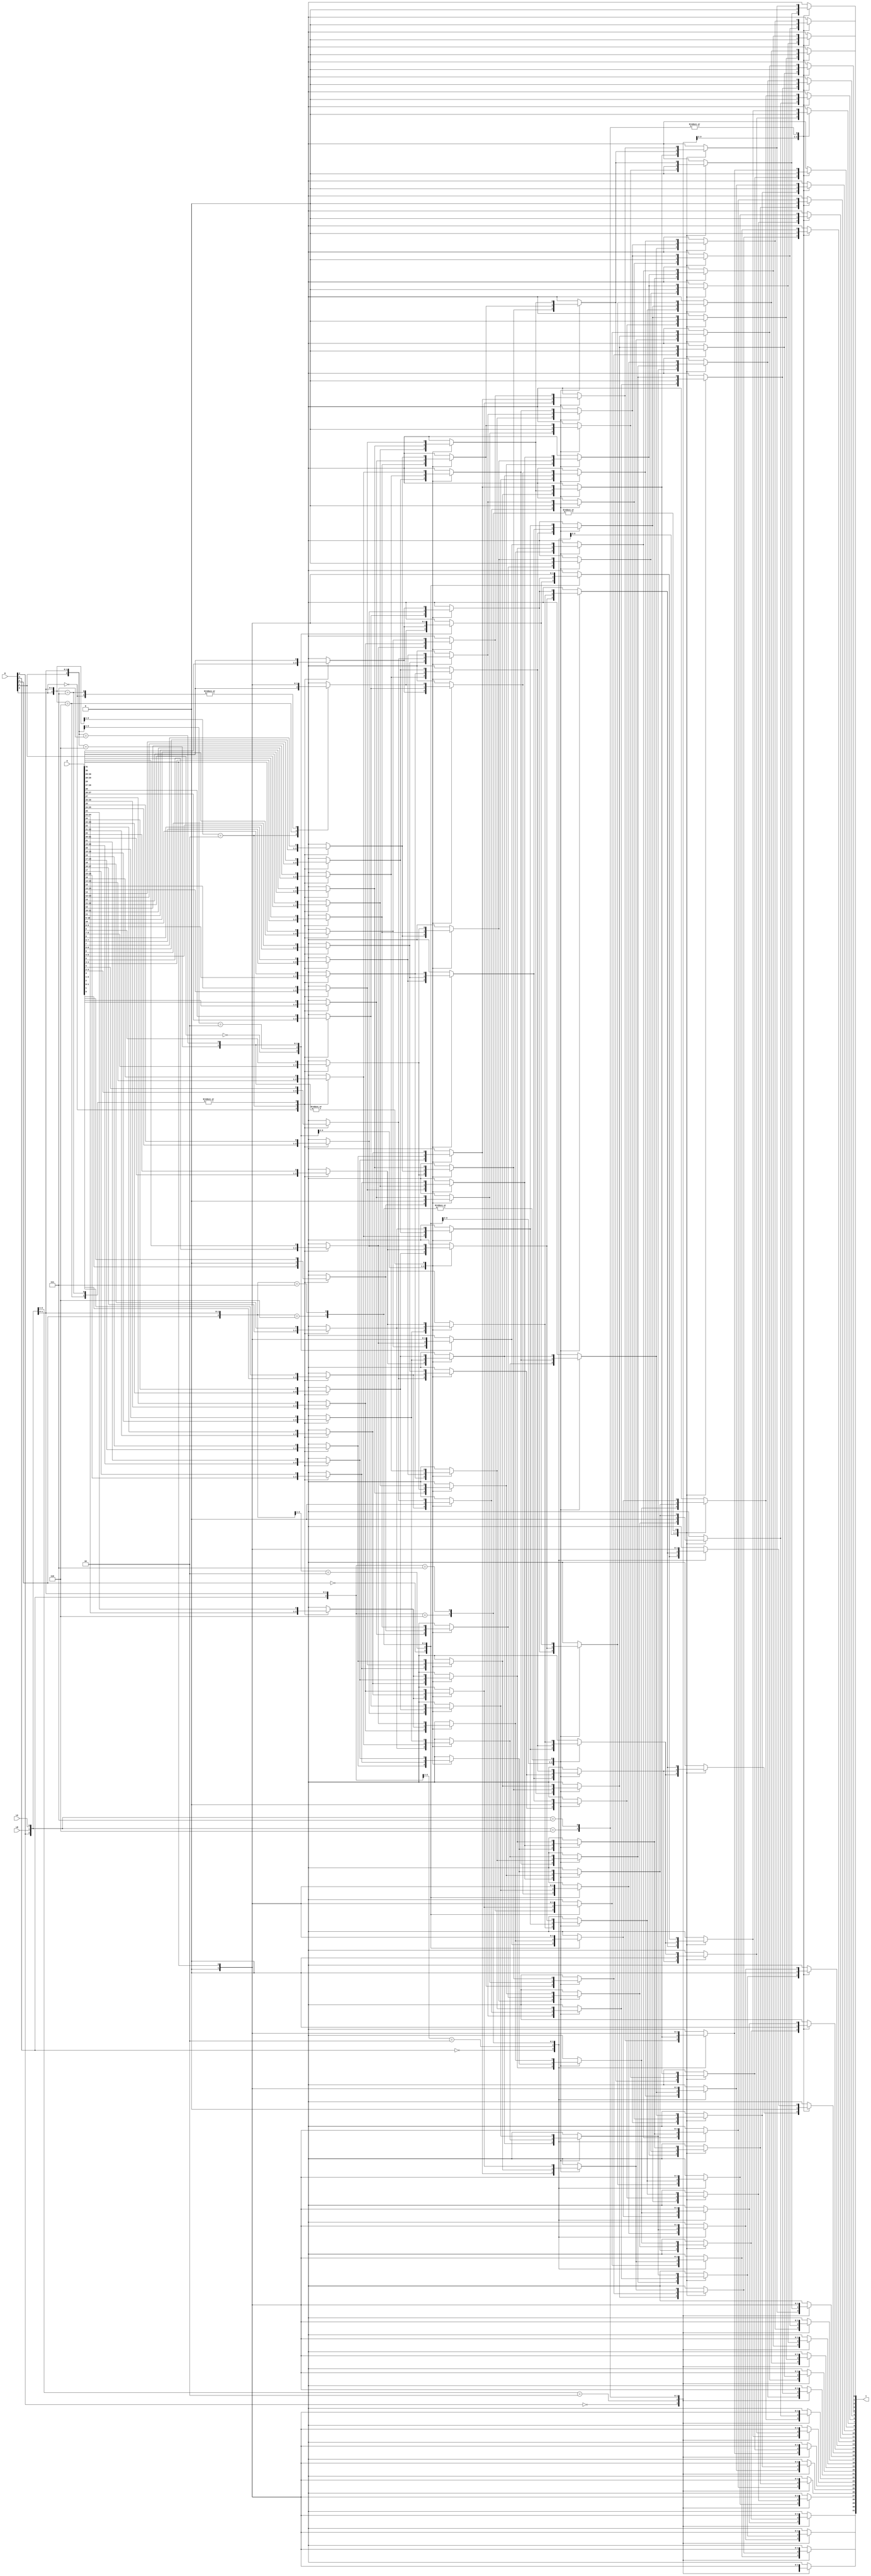
module BarrelShifterC #
(
    parameter WIDTH = 32
)
(
    input  wire LR,
    input  wire LA,
    input  wire [$clog2(WIDTH) - 1 : 0] W,
    input  wire [WIDTH         - 1 : 0] A,
    output wire [WIDTH         - 1 : 0] Y
);

wire [WIDTH - 1 : 0] M [$clog2(WIDTH) : 0];

genvar i;
genvar j;
generate
    for(i = 0; i < $clog2(WIDTH); i = i + 1)
    begin
        for(j = 0; j < WIDTH; j = j + 1)
        begin
            reg [WIDTH - 1 : 0] S;

            always @(*)
            begin
                casex({W[i], LR, LA})
                3'b0xx: S <= M[i][j];
                3'b10x: S <= (j - 2 ** i >= 0)     ? M[i][j - 2 ** i] : 1'b0;
                3'b110: S <= (j + 2 ** i <  WIDTH) ? M[i][j + 2 ** i] : 1'b0;
                3'b111: S <= (j + 2 ** i <  WIDTH) ? M[i][j + 2 ** i] : M[0][WIDTH - 1];
                endcase
            end

            assign M[i + 1][j] = S;
        end
    end
endgenerate

assign M[0] = A;
assign Y = M[$clog2(WIDTH)];

endmodule